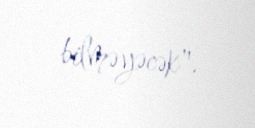
bilməyəcək".